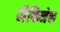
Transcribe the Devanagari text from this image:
मैकिनेक